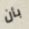
بأن